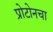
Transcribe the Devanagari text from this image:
प्रोटोनचा